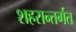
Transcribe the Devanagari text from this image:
शहरान्तर्गत